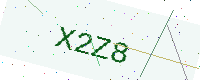
Text: X2Z8